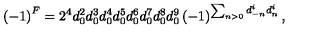
\left( - 1 \right) ^ { F } = 2 ^ { 4 } d _ { 0 } ^ { 2 } d _ { 0 } ^ { 3 } d _ { 0 } ^ { 4 } d _ { 0 } ^ { 5 } d _ { 0 } ^ { 6 } d _ { 0 } ^ { 7 } d _ { 0 } ^ { 8 } d _ { 0 } ^ { 9 } \left( - 1 \right) ^ { \sum _ { n > 0 } d _ { - n } ^ { i } d _ { n } ^ { i } } ,